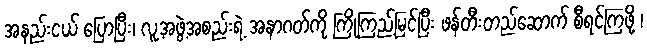
အနည်းငယ် ပြောပြီး၊ လူ့အဖွဲ့အစည်းရဲ့ အနာဂတ်ကို ကြိုကြည့်မြင်ပြီး ဖန်တီးတည်ဆောက် စီရင်ကြဖို့ ၊